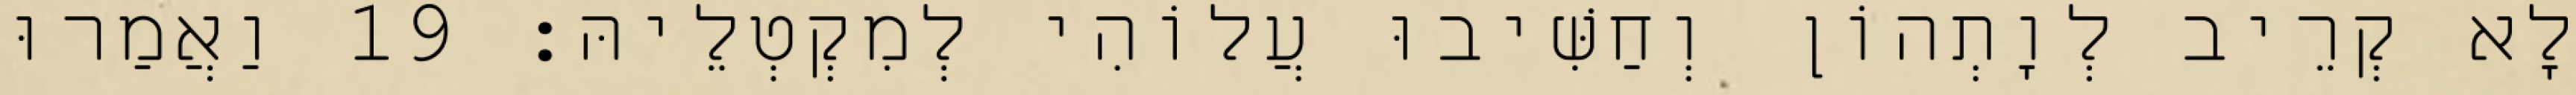
לָא קְרֵיב לְוָתְהוֹן וְחַשִּׁיבוּ עֲלוֹהִי לְמִקְטְלֵיהּ׃ 19 וַאֲמַרוּ